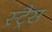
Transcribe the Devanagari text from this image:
स्ट्रैस